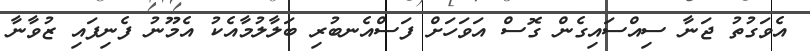
އެވަގުތު ޖަނާ ސިއްސައިގެން ގޮސް އަވަހަށް ފަސްއެނބުރި ބަލާލުމާއެކު އެމޫނު ފެނިފައި ޒުވާނާ